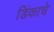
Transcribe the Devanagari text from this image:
डिंकाचे